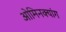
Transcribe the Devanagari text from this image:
ओमिनक्यांग